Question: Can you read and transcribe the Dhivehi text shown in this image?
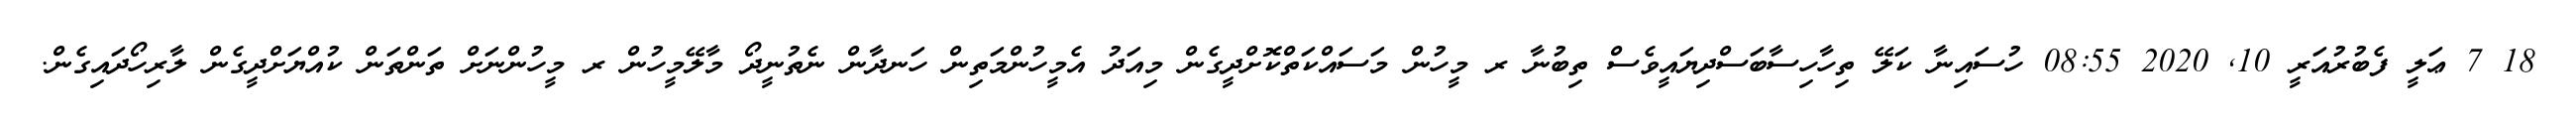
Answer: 18 7 ޢަލީ ފެބުރުއަރީ 10, 2020 08:55 ހުސައިނާ ކަލޭ ތިހާހިސާބަސްދިޔައީވެސް ތިބުނާ ރ މީހުން މަސައްކަތްކޮށްދީގެން މިއަދު އެމީހުންމަތިން ހަނދާން ނެތުނީދޯ މާލޭމީހުން ރ މީހުންނަށް ތަންތަން ކުއްޔަށްދީގެން ލާރިހޯދައިގެން.